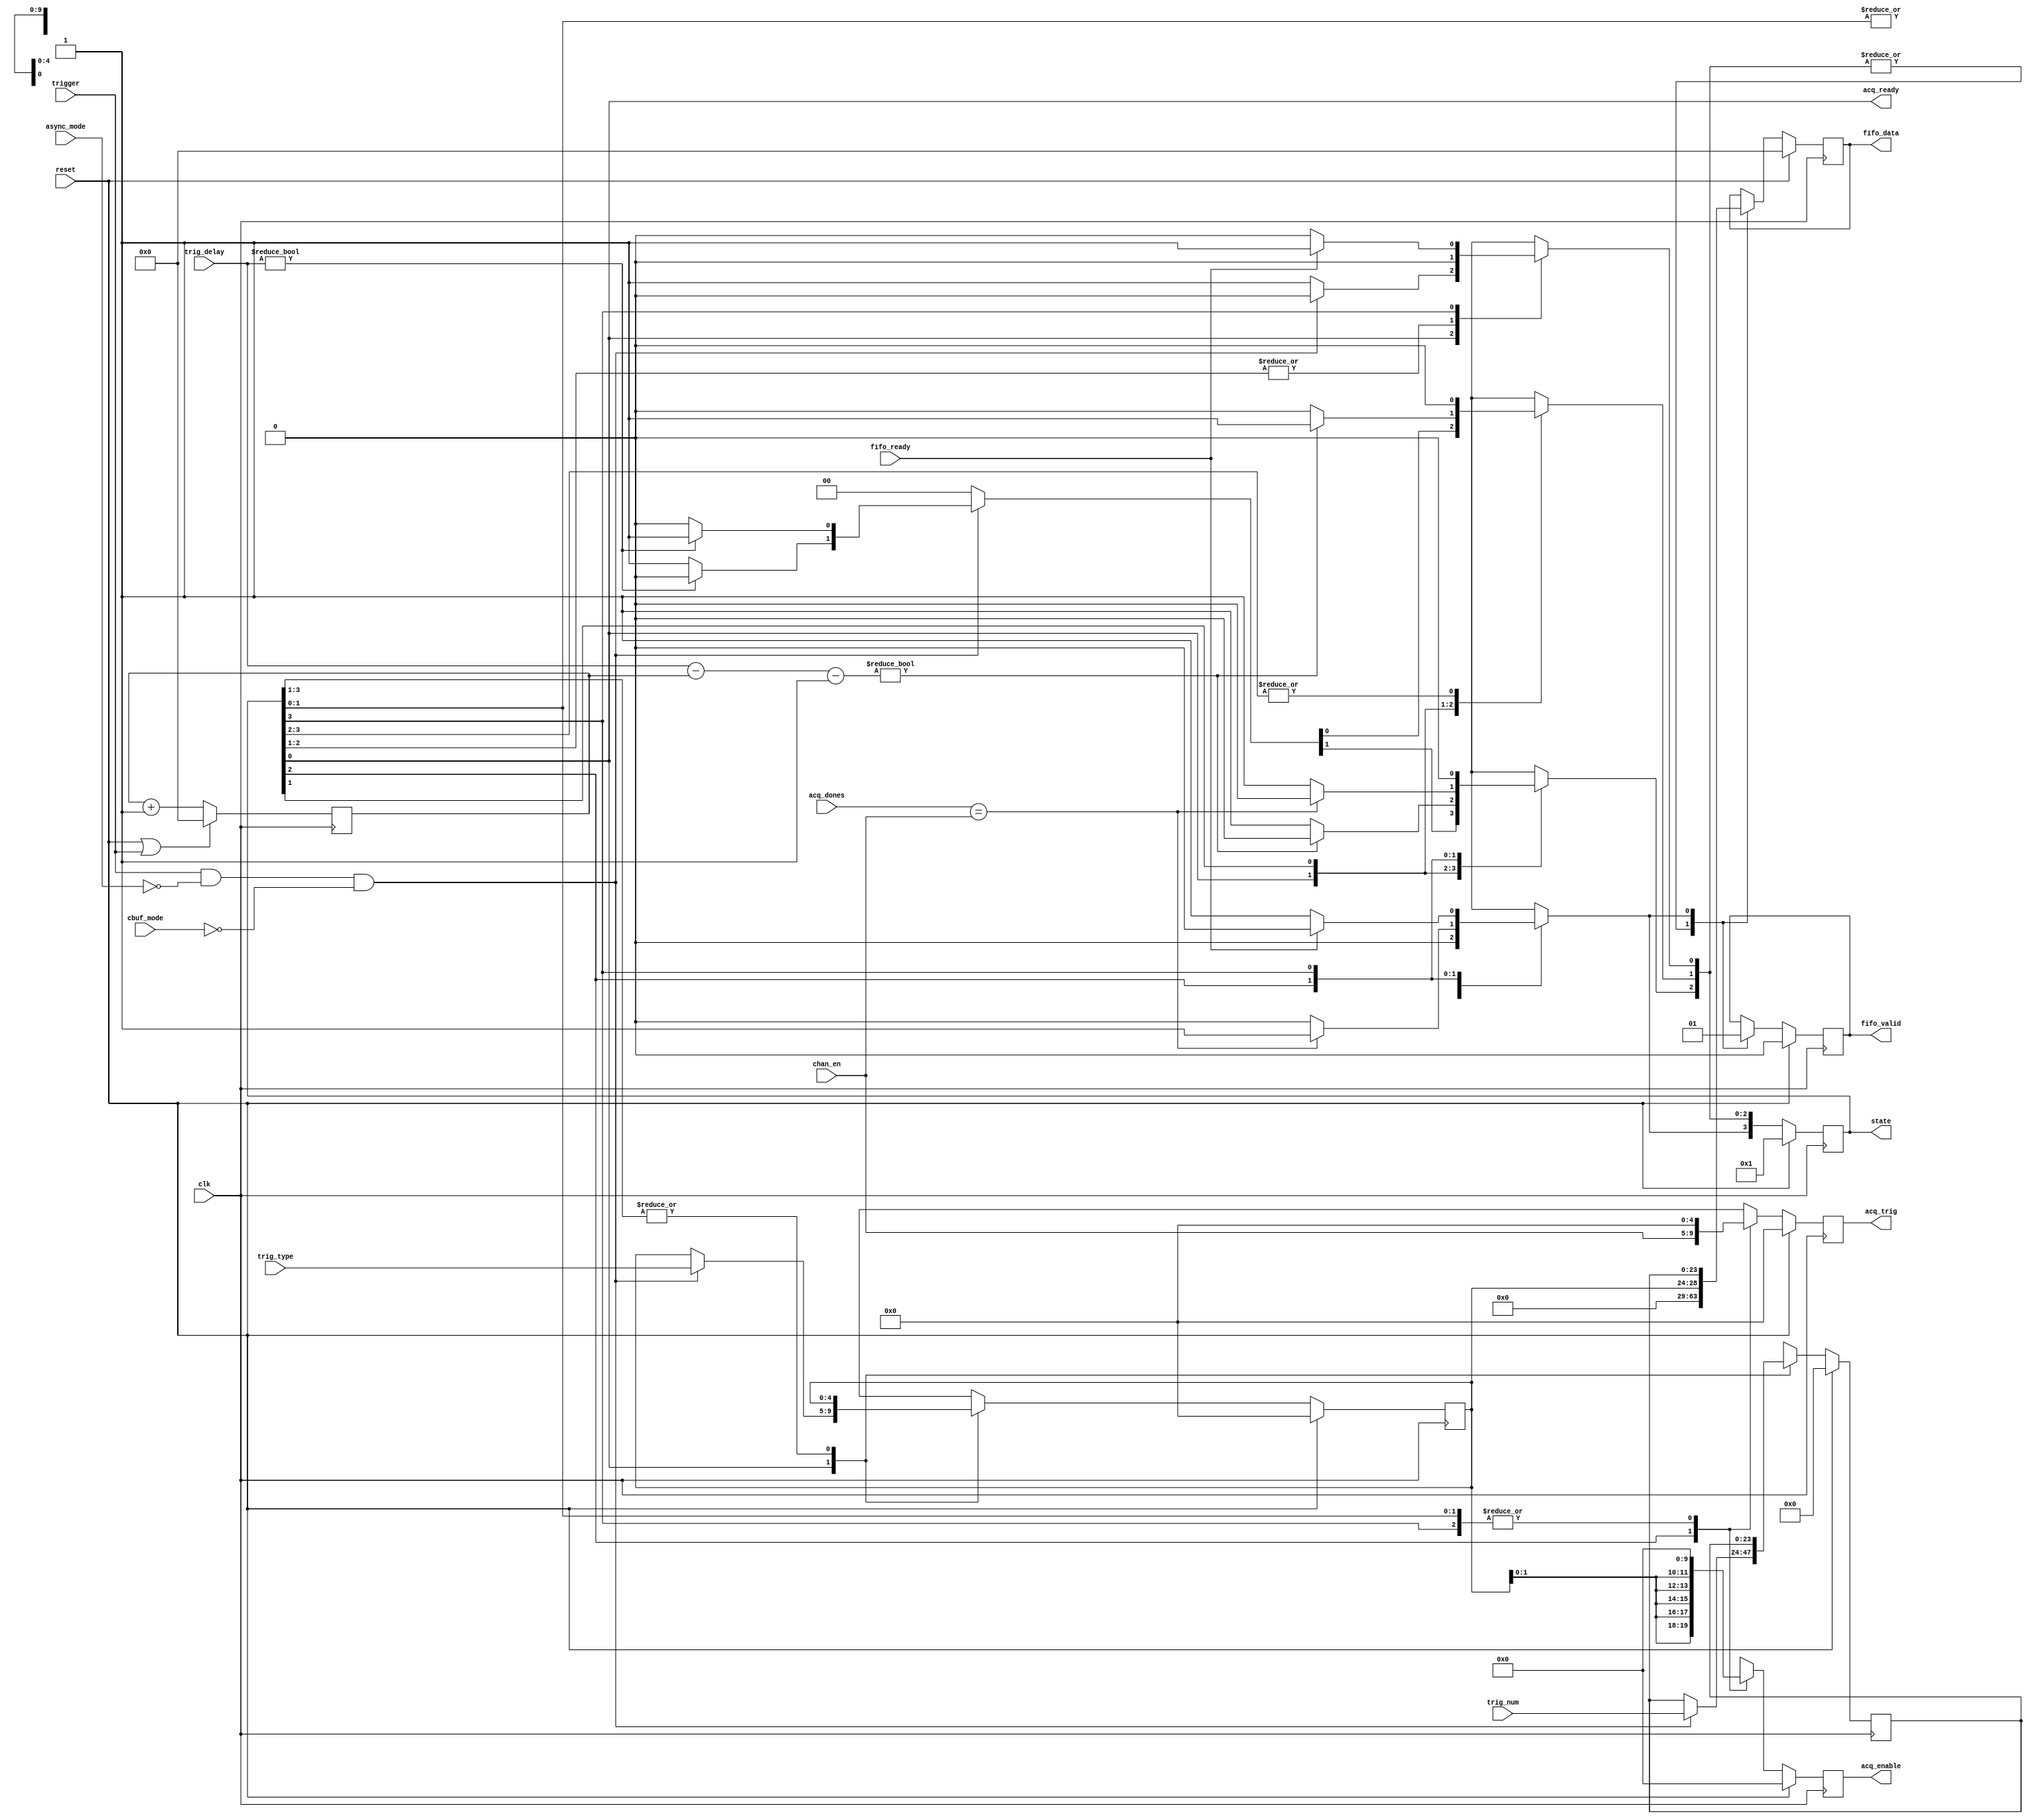
// Finite state machine to control triggering of the channels

module channel_acq_controller (
  // clock and reset
  input wire clk,   // 40 MHz TTC clock
  input wire reset,

  // trigger configuration
  input wire [ 4:0] chan_en,    // which channels should receive the trigger
  input wire [31:0] trig_delay, // delay between receiving trigger and passing it onto channels

  // interface from TTC trigger receiver
  input wire trigger,          // trigger signal
  input wire [ 4:0] trig_type, // recognized trigger type (muon fill, laser, pedestal, async readout)
  input wire [23:0] trig_num,  // trigger number
  output wire acq_ready,       // channels are ready to acquire data

  // interface to Channel FPGAs
  input wire [4:0] acq_dones,
  output reg [9:0] acq_enable,
  output reg [4:0] acq_trig,

  // interface to Acquisition Event FIFO
  input wire fifo_ready,
  output reg fifo_valid,
  output reg [31:0] fifo_data,

  // status connections
  input wire async_mode, // asynchronous mode select
  input wire cbuf_mode,  // cifcular buffer mode select
  output reg [3:0] state // state of finite state machine
);

  // state bits
  parameter IDLE           = 0;
  parameter DELAY          = 1;
  parameter FILL           = 2;
  parameter STORE_ACQ_INFO = 3;
  

  reg [ 4:0] acq_trig_type; // latched trigger type
  reg [23:0] acq_trig_num;  // latched trigger number

  reg [ 3:0] nextstate;
  reg [ 4:0] next_acq_trig_type;
  reg [23:0] next_acq_trig_num;
  reg [ 9:0] next_acq_enable;
  reg [ 4:0] next_acq_trig;

  reg [31:0] delay_cnt; // counter to keep track of trigger delay 


  // combinational always block
  always @* begin
    nextstate = 4'd0;

    next_acq_trig_type[ 4:0] = acq_trig_type[ 4:0];
    next_acq_trig_num [23:0] = acq_trig_num [23:0];

    next_acq_enable[9:0] = 10'd0; // default
    next_acq_trig  [4:0] =  5'd0; // default

    case (1'b1) // synopsys parallel_case full_case
      // idle state
      state[IDLE] : begin
        if (trigger & ~async_mode & ~cbuf_mode ) begin
          next_acq_trig_type[ 4:0] = trig_type[ 4:0]; // latch trigger type
          next_acq_trig_num [23:0] = trig_num [23:0]; // latch trigger number

          if (trig_delay[31:0]) begin
            nextstate[DELAY] = 1'b1;
          end
          else begin
            nextstate[FILL] = 1'b1;
          end
        end
        else begin
          nextstate[IDLE] = 1'b1;
        end
      end
      // wait before passing trigger signal onto the channels
      state[DELAY] : begin
        if (trig_delay[31:0] - delay_cnt[31:0] - 1) begin
          nextstate[DELAY] = 1'b1;
        end
        else begin
          nextstate[FILL] = 1'b1;
        end
      end
      // pass trigger and fill type to channels, and
      // wait for channel to report back 'done'
      state[FILL] : begin
        next_acq_enable[9:0] = { 5{acq_trig_type[1:0]} };
        next_acq_trig  [4:0] = chan_en[4:0];

        if (acq_dones[4:0] == chan_en[4:0]) begin
          nextstate[STORE_ACQ_INFO] = 1'b1;
        end
        else begin
          nextstate[FILL] = 1'b1;
        end
      end
      // store the event information in the FIFO, for the trigger processor
      state[STORE_ACQ_INFO] : begin
        // FIFO accepted the data word
        if (fifo_ready) begin
          nextstate[IDLE] = 1'b1;
        end
        // FIFO is not ready for data word
        else begin
          nextstate[STORE_ACQ_INFO] = 1'b1;
        end
      end
    endcase
  end
  

  // sequential always block
  always @(posedge clk) begin
    // reset state machine
    if (reset) begin
      state <= 4'd1 << IDLE;

      acq_trig_type[ 4:0] <=  5'd0;
      acq_trig_num [23:0] <= 24'd0;

      acq_enable[9:0] <= 10'd0;
      acq_trig  [4:0] <=  5'd0;
    end
    else begin
      state <= nextstate;

      acq_trig_type[ 4:0] <= next_acq_trig_type[ 4:0];
      acq_trig_num [23:0] <= next_acq_trig_num [23:0];

      acq_enable[9:0] <= next_acq_enable[9:0];
      acq_trig  [4:0] <= next_acq_trig  [4:0];
    end

    // reset trigger delay counter
    if (reset | trigger) begin
      delay_cnt[31:0] <= 32'd0;
    end
    else begin
      delay_cnt[31:0] <= delay_cnt[31:0] + 1;
    end
  end
  

  // datapath sequential always block
  always @(posedge clk) begin
    if (reset) begin
      fifo_valid      <=  1'b0;
      fifo_data[31:0] <= 32'd0;
    end
    else begin
      case (1'b1) // synopsys parallel_case full_case
        nextstate[IDLE] : begin
          fifo_valid      <=  1'b0;
          fifo_data[31:0] <= 32'd0;
        end
        nextstate[DELAY] : begin
          fifo_valid      <=  1'b0;
          fifo_data[31:0] <= 32'd0;
        end
        nextstate[FILL] : begin
          fifo_valid      <=  1'b0;
          fifo_data[31:0] <= 32'd0;
        end
        nextstate[STORE_ACQ_INFO] : begin
          fifo_valid      <= 1'b1;
          fifo_data[31:0] <= {3'd0, acq_trig_type[4:0], acq_trig_num[23:0]};
        end
      endcase
    end
  end

  // outputs based on states
  assign acq_ready = (state[IDLE] == 1'b1);

endmodule